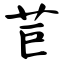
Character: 苣